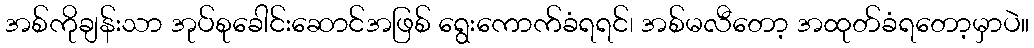
အစ်ကိုချန်းသာ အုပ်စုခေါင်းဆောင်အဖြစ် ရွေးကောက်ခံရရင်၊ အစ်မလီတော့ အထုတ်ခံရတော့မှာပဲ။